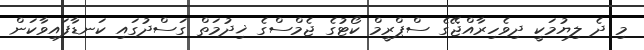
މި ދެ ލިޔުމަކީ ދިވެހިރާއްޖޭގެ ސްޕްރީމް ކޯޓުގެ ޖެމްސްގެ ޚިދުމަތް ގަސްދުގައި ކަނޑާފައިވާކަން